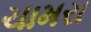
ચામરા